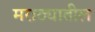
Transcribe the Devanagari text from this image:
मराठ्यातील